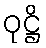
ဝုဋ္ဌိ